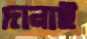
দানাই